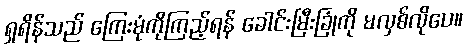
ရှရိန်သည် ကြေးမုံကိုကြည့်ရန် ခေါင်းမြီးခြုံကို မလှစ်လိုပေ။